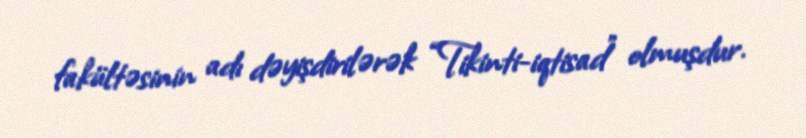
fakültəsinin adı dəyişdirilərək “Tikinti-iqtisad” olmuşdur.